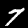
Digit: 7